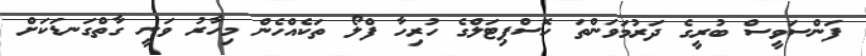
ފަންސަވީސް ބުރީގެ ދަރުމަވަންތަ ހޮސްޕިޓަލްގެ ހުރިހާ ފްލޯ ތަކެއްހެން މިހާރު ވަނީ ގާތްގަނޑަކަށް